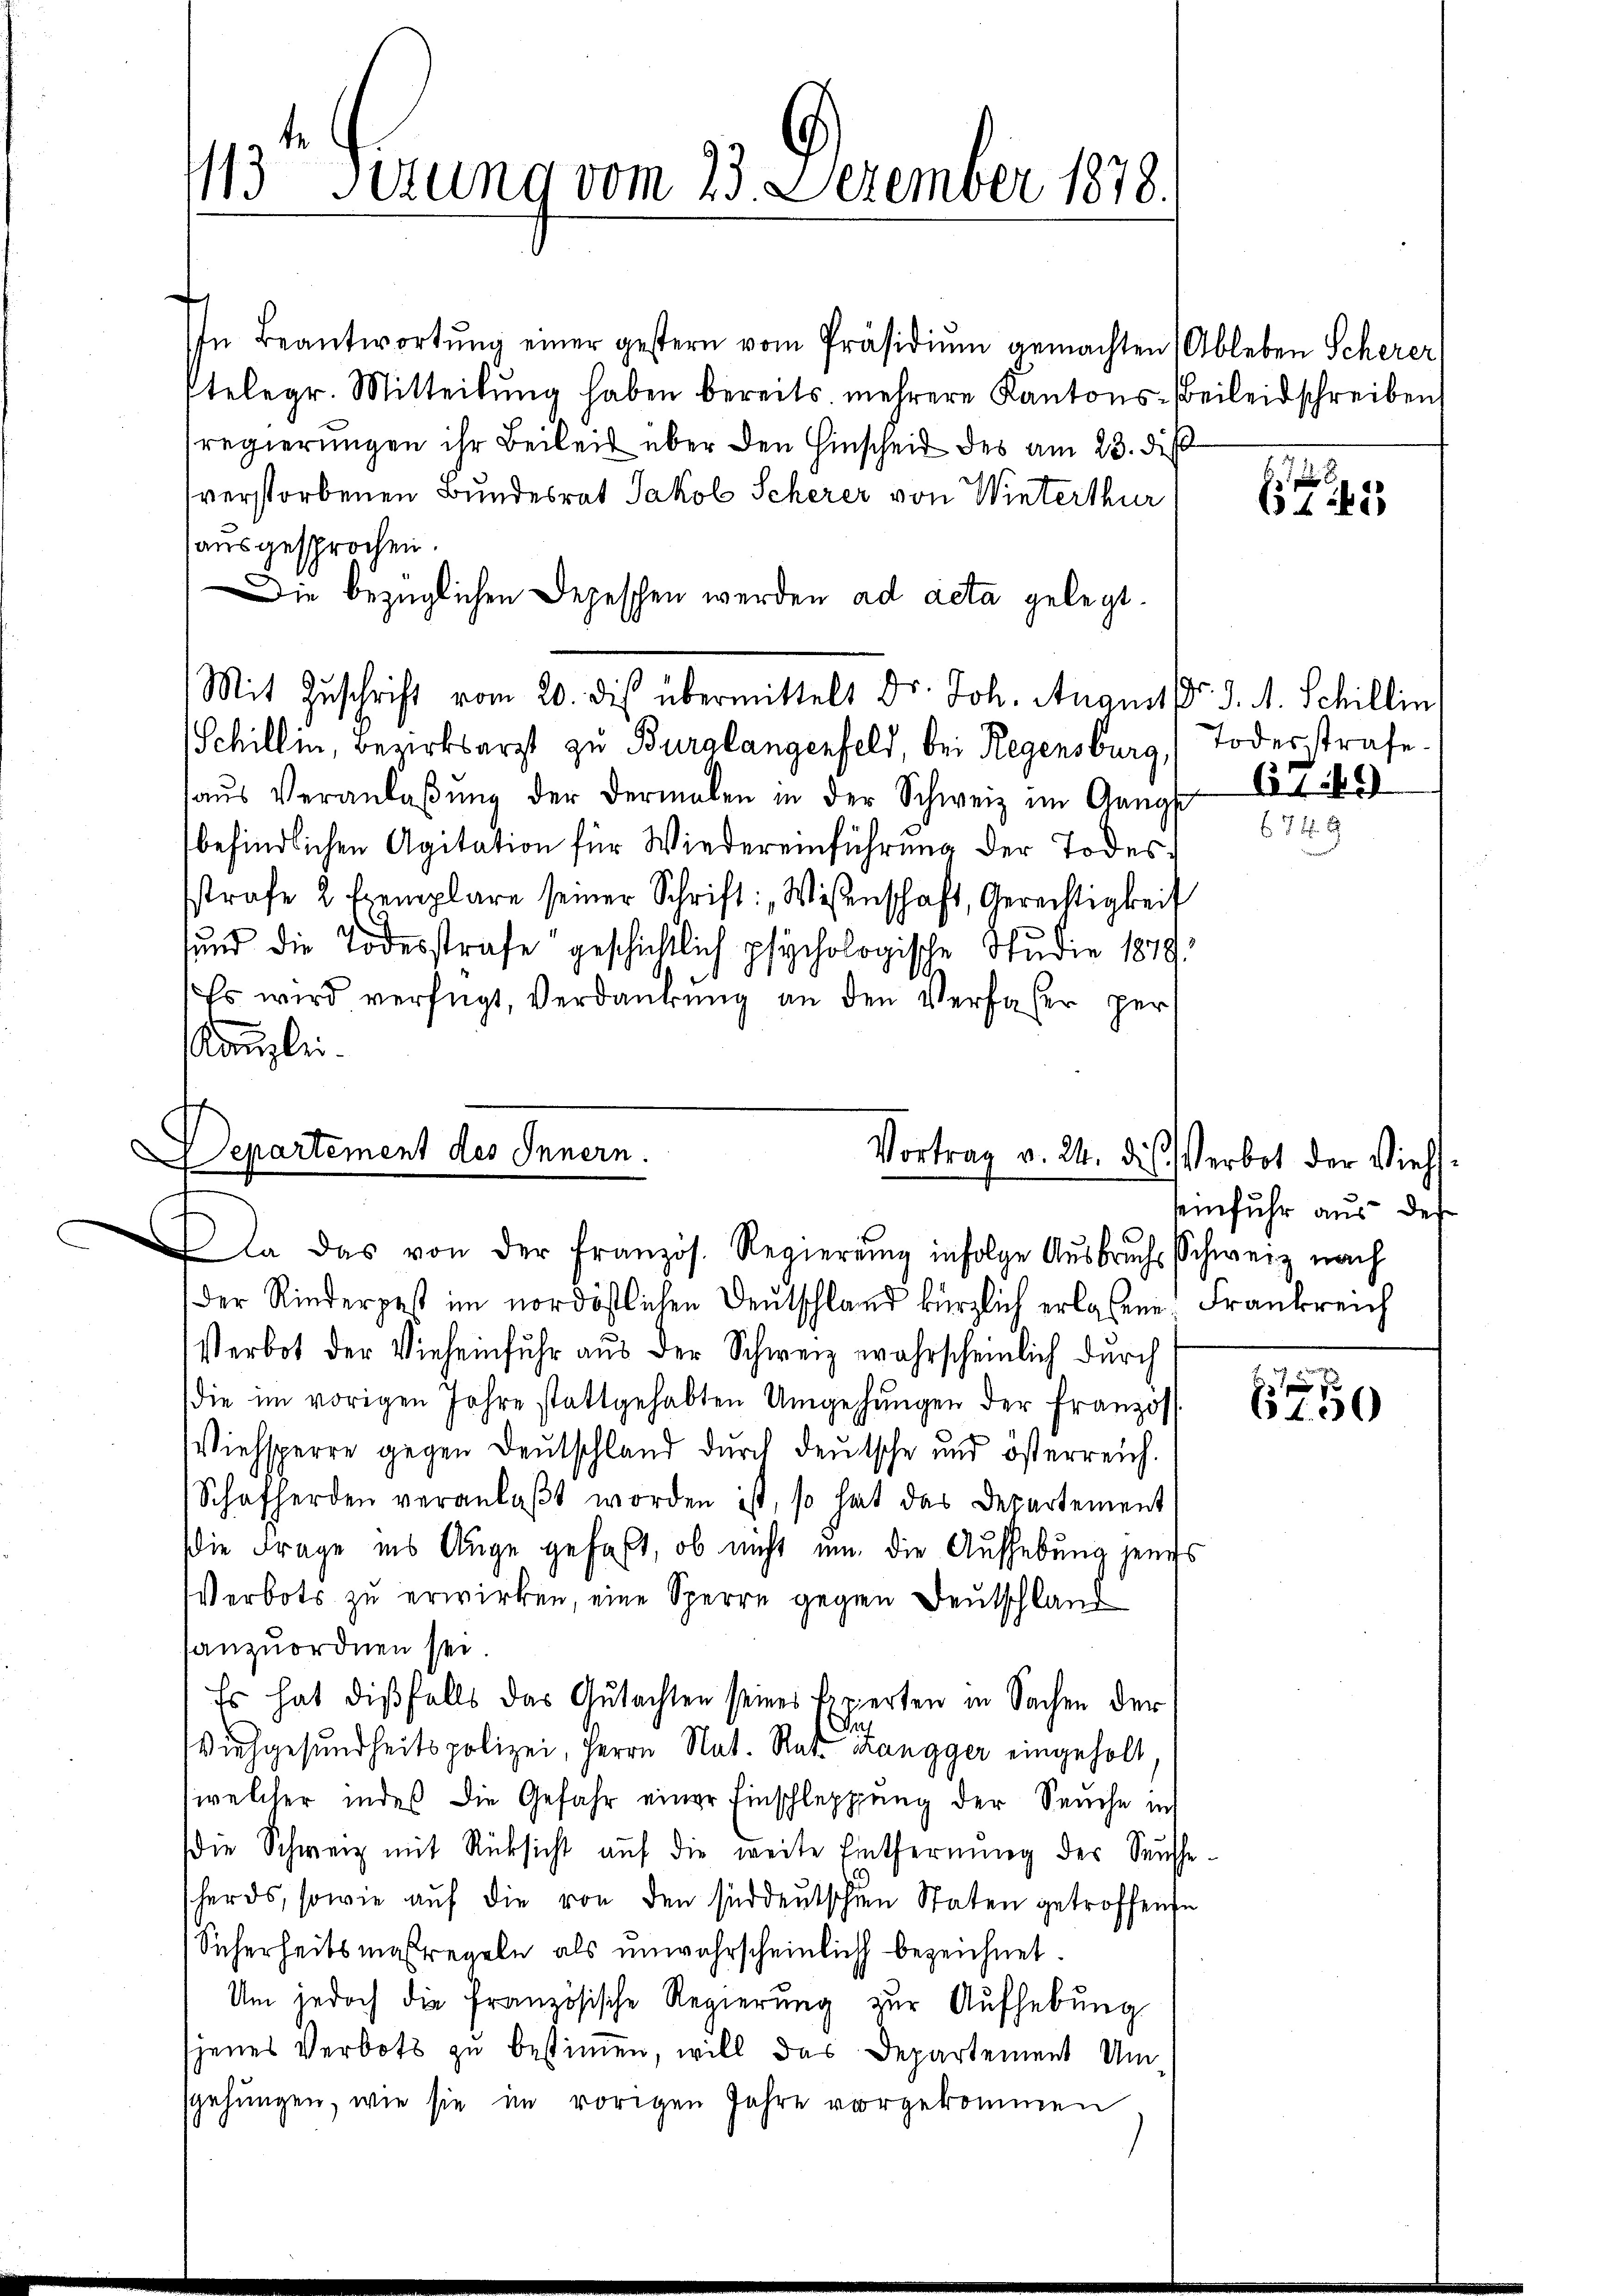
113 derung vom 23. December 1878.

In Beantwortŭng einer gestern vom Präsidiŭm gemachten Ableben Scherer
telegr. Mitteilŭng haben bereits mehrere Kantons-Beileid schreiben
sregierungen ihr Beileit über den Hinscheid des am 23. di
verstorbenen Bundesrat Jakob Scherer von Winterthur
ausgesprochen.
Die bezüglichen Depeschen werden ad acta gelegt.
Mit Zuschrift vom 20. die übermittelt Dr. Joh. August d. d. M. Schillin
Schillin, Bezirksarzt zu Burg langenfeld, bei Regensburg, Todesstrafe.
aŭs Veranlaβŭng der dermalen in der Schweiz im Gangs
befindlichen Agitation für Wiedereinführung der Todesstrafe 2 Exemplare seiner Schrift: Wissenschaft, Gerechtigkeit
sund die Todesstrafe geschicklich psychologische Studie 1879.
Es wird verfügt, Verdankung an den Verfaser per
Kanzlei.

Departement des Innern.
Vortrag v. 24. dies Verbot der Vieh¬
Da das von der französ. Regierŭng infolge Aŭsbrŭch schweiz nach

der Rinderpest im nordöstlichen Deutschland kürzlich erlassen: Frankreich
Verbot der Vieheinfŭhr aŭs der Schweiz wahrscheinlich dŭrch
die im vorigen Jahre stattgehabten Umgehungen der Franzos
Wiehsperre gegen Deutschland durch deutsche und österreich.
Schafherden veranlaβt worden ist, so hat das Departement
Die Frage ins Auge gefaßt, ob nicht um die Aufhebung jenes
Verbots zu erwirken, eine Sperre gegen Deutschland
sanzuordnen sei
Es hat dißfalls das Gutachten seines Experten in Sachen der
Jus
Wiehgesundheitspolizei, Herrn Nat. Rat. Langger eingeholt,
(welcher indes die Gefahr einer Einschleppung der Seuche in
die Schweiz mit Rücksicht auf die weite Entfernung der Seuche
herds, sowie auf die von den süddeutschen Staten getroffende
Sicherheitsmaßregeln als unwahrscheinlich bezeichnet.
Um jedoch die französische Regierung zur Aufhebung
jenes Verbots zu bestimmen, will das Departement Um
sgehungen, wie sie im vorigen Jahre vorgekommen

61 189

5

seinfuhr aus des

61. 550